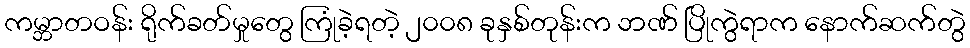
ကမ္ဘာတဝန်း ရိုက်ခတ်မှုတွေ ကြုံခဲ့ရတဲ့ ၂၀၀၈ ခုနှစ်တုန်းက ဘဏ် ပြိုကွဲရာက နောက်ဆက်တွဲ